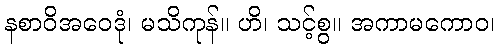
နစာဝိအဝေဒုံ၊ မသိကုန်။ ဟိ၊ သင့်စွ။ အကာမကောဝ၊